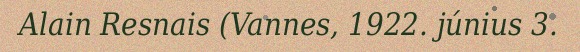
Alain Resnais (Vannes, 1922. június 3.